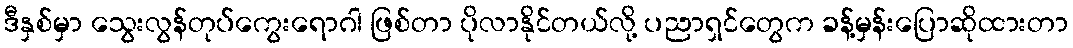
ဒီနှစ်မှာ သွေးလွန်တုပ်ကွေးရောဂါ ဖြစ်တာ ပိုလာနိုင်တယ်လို့ ပညာရှင်တွေက ခန့်မှန်းပြောဆိုထားတာ